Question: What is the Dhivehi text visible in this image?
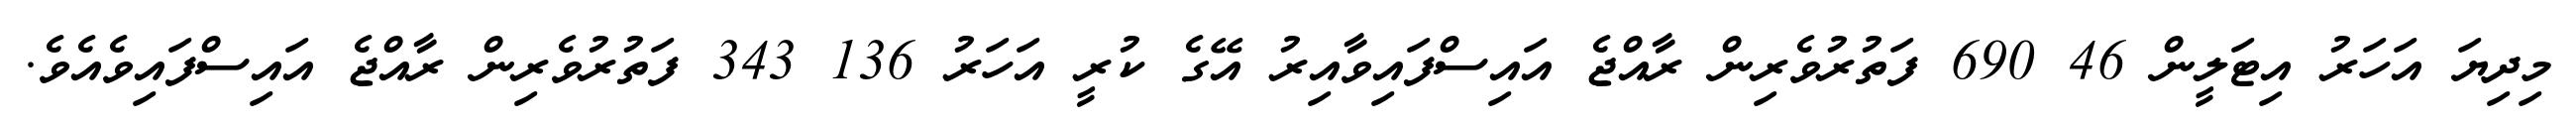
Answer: މިދިޔަ އަހަރު އިޓަލީން 46 690 ފަތުރުވެރިން ރާއްޖެ އައިސްފައިވާއިރު އޭގެ ކުރީ އަހަރު 136 343 ފަތުރުވެރިން ރާއްޖެ އައިސްފައިވެއެވެ.